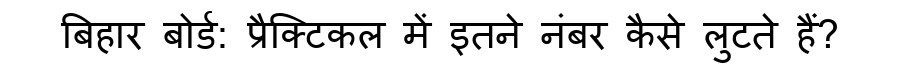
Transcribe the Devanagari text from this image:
बिहार बोर्ड: प्रैक्टिकल में इतने नंबर कैसे लुटते हैं?